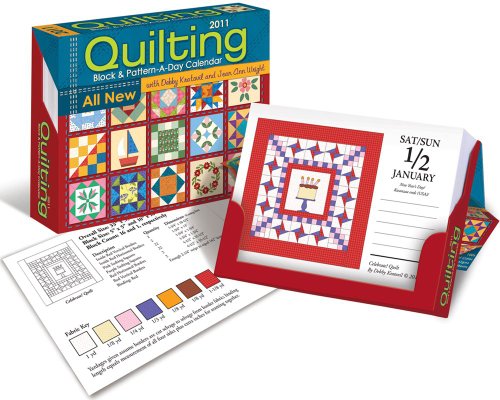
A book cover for Quilting Block & Pattern-a-Day: 2011 Day-to-Day Calendar; Debbie Kratovil; Calendars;